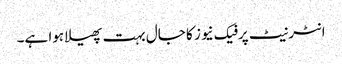
انٹرنیٹ پر فیک نیوز کا جال بہت پھیلا ہوا ہے۔